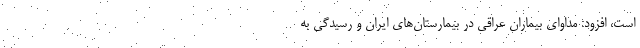
است، افزود: مداوای بیماران عراقی در بیمارستان‌های ایران و رسیدگی به